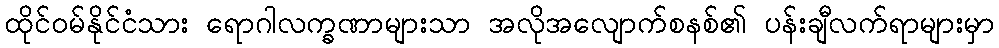
ထိုင်ဝမ်နိုင်ငံသား ရောဂါလက္ခဏာများသာ အလိုအလျောက်စနစ်၏ ပန်းချီလက်ရာများမှာ